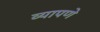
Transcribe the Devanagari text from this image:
व्यापणे